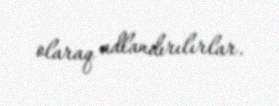
olaraq adlandırılırlar.